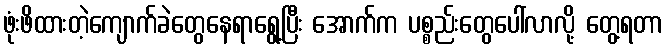
ဖုံးဖိထားတဲ့ကျောက်ခဲတွေနေရာရွေ့ပြီး အောက်က ပစ္စည်းတွေပေါ်လာလို့ တွေ့ရတာ